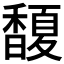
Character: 𩡘